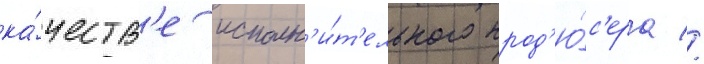
ка́честв'е исполн'и́т'ельного прод'ю́с'ера //